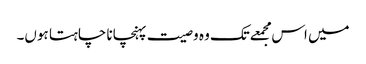
میں اس مجمعےتک وہ وصیت پہنچانا چاہتا ہوں۔